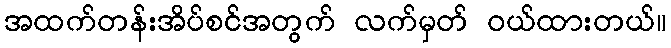
အထက်တန်းအိပ်စင်အတွက် လက်မှတ် ဝယ်ထားတယ်။